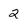
Character: 2